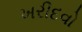
ખરીદવો